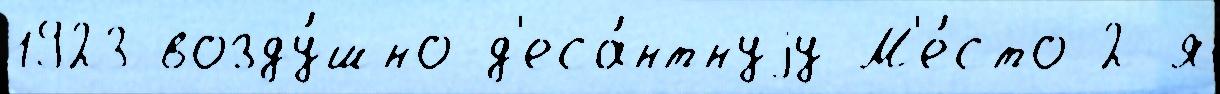
1923 возду́шно-д'еса́нтнуjу М'е́сто 2-я